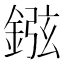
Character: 𨧻